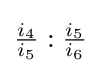
{\tfrac {i_{4}}{i_{5}}}:{\tfrac {i_{5}}{i_{6}}}